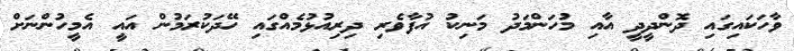
ވާހަކައިގައި ދޮންދީދީ އާއި މުހަންމަދު މަނިކު އުފާވެރި ދިރިއުޅުމެއްގައި ހޭދަކުރަމުން އައީ އެމީހުންނަށް